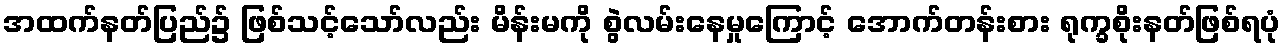
အထက်နတ်ပြည်၌ ဖြစ်သင့်သော်လည်း မိန်းမကို စွဲလမ်းနေမှုကြောင့် အောက်တန်းစား ရုက္ခစိုးနတ်ဖြစ်ရပုံ